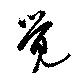
覺